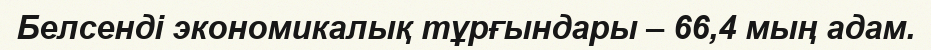
Белсенді экономикалық тұрғындары – 66,4 мың адам.